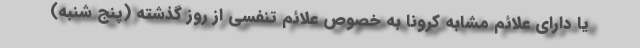
یا دارای علائم مشابه کرونا به خصوص علائم تنفسی از روز گذشته (پنج شنبه)